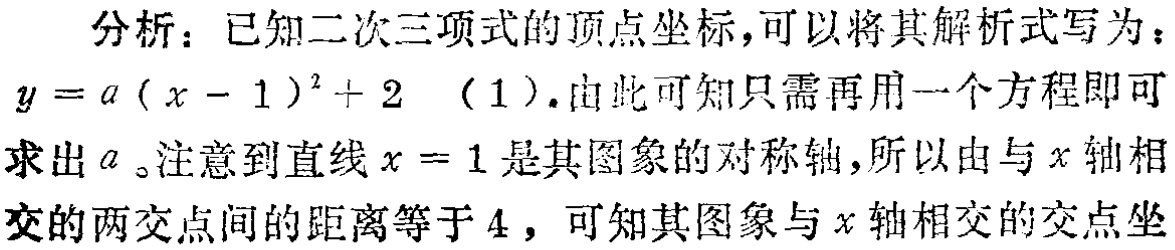
分析：已知二次三项式的顶点坐标，可以将其解析式写为：
\(y = a(x - 1)^2 + 2\)（1）.由此可知只需再用一个方程即可
求出\(a\)。注意到直线\(x = 1\)是其图象的对称轴，所以由与\(x\)轴相
交的两交点间的距离等于\(4\)，可知其图象与\(x\)轴相交的交点坐